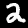
Digit: 2